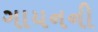
ગાયનની